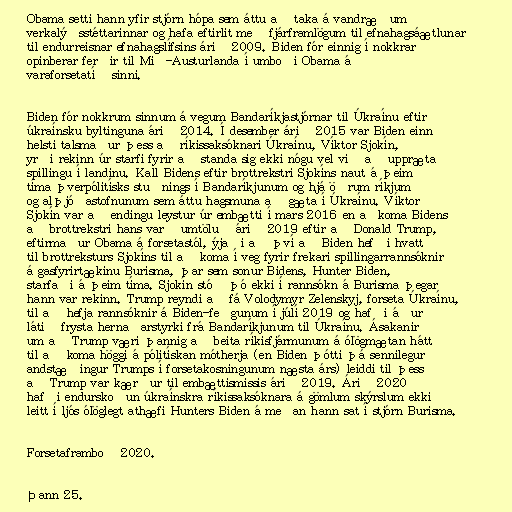
Obama setti hann yfir stjórn hópa sem áttu að taka á vandræðum
verkalýðsstéttarinnar og hafa eftirlit með fjárframlögum til efnahagsáætlunar
til endurreisnar efnahagslífsins árið 2009. Biden fór einnig í nokkrar
opinberar ferðir til Mið-Austurlanda í umboði Obama á
varaforsetatíð sinni.

Biden fór nokkrum sinnum á vegum Bandaríkjastjórnar til Úkraínu eftir
úkraínsku byltinguna árið 2014. Í desember árið 2015 var Biden einn
helsti talsmaður þess að ríkissaksóknari Úkraínu, Víktor Sjokín,
yrði rekinn úr starfi fyrir að standa sig ekki nógu vel við að uppræta
spillingu í landinu. Kall Bidens eftir brottrekstri Sjokíns naut á þeim
tíma þverpólitísks stuðnings í Bandaríkjunum og hjá öðrum ríkjum
og alþjóðastofnunum sem áttu hagsmuna að gæta í Úkraínu. Víktor
Sjokín var að endingu leystur úr embætti í mars 2016 en aðkoma Bidens
að brottrekstri hans varð umtöluð árið 2019 eftir að Donald Trump,
eftirmaður Obama á forsetastól, ýjaði að því að Biden hefði hvatt
til brottreksturs Sjokíns til að koma í veg fyrir frekari spillingarrannsóknir
á gasfyrirtækinu Burisma, þar sem sonur Bidens, Hunter Biden,
starfaði á þeim tíma. Sjokín stóð þó ekki í rannsókn á Burisma þegar
hann var rekinn. Trump reyndi að fá Volodymyr Zelenskyj, forseta Úkraínu,
til að hefja rannsóknir á Biden-feðgunum í júlí 2019 og hafði áður
látið frysta hernaðarstyrki frá Bandaríkjunum til Úkraínu. Ásakanir
um að Trump væri þannig að beita ríkisfjármunum á ólögmætan hátt
til að koma höggi á pólitískan mótherja (en Biden þótti þá sennilegur
andstæðingur Trumps í forsetakosningunum næsta árs) leiddi til þess
að Trump var kærður til embættismissis árið 2019. Árið 2020
hafði endurskoðun úkraínskra ríkissaksóknara á gömlum skýrslum ekki
leitt í ljós ólöglegt athæfi Hunters Biden á meðan hann sat í stjórn Burisma.

Forsetaframboð 2020.

Þann 25.